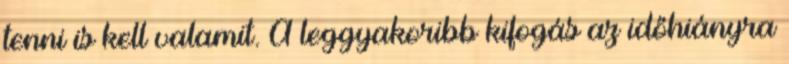
tenni is kell valamit. A leggyakoribb kifogás az időhiányra